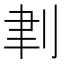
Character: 𠜈